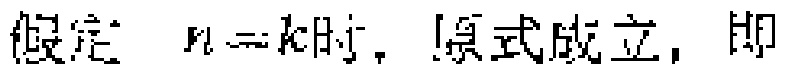
假定 \(n = k\) 时，原式成立，即